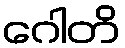
ဂေါတိ